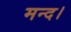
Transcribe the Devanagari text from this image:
मन्द।